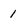
Character: 1